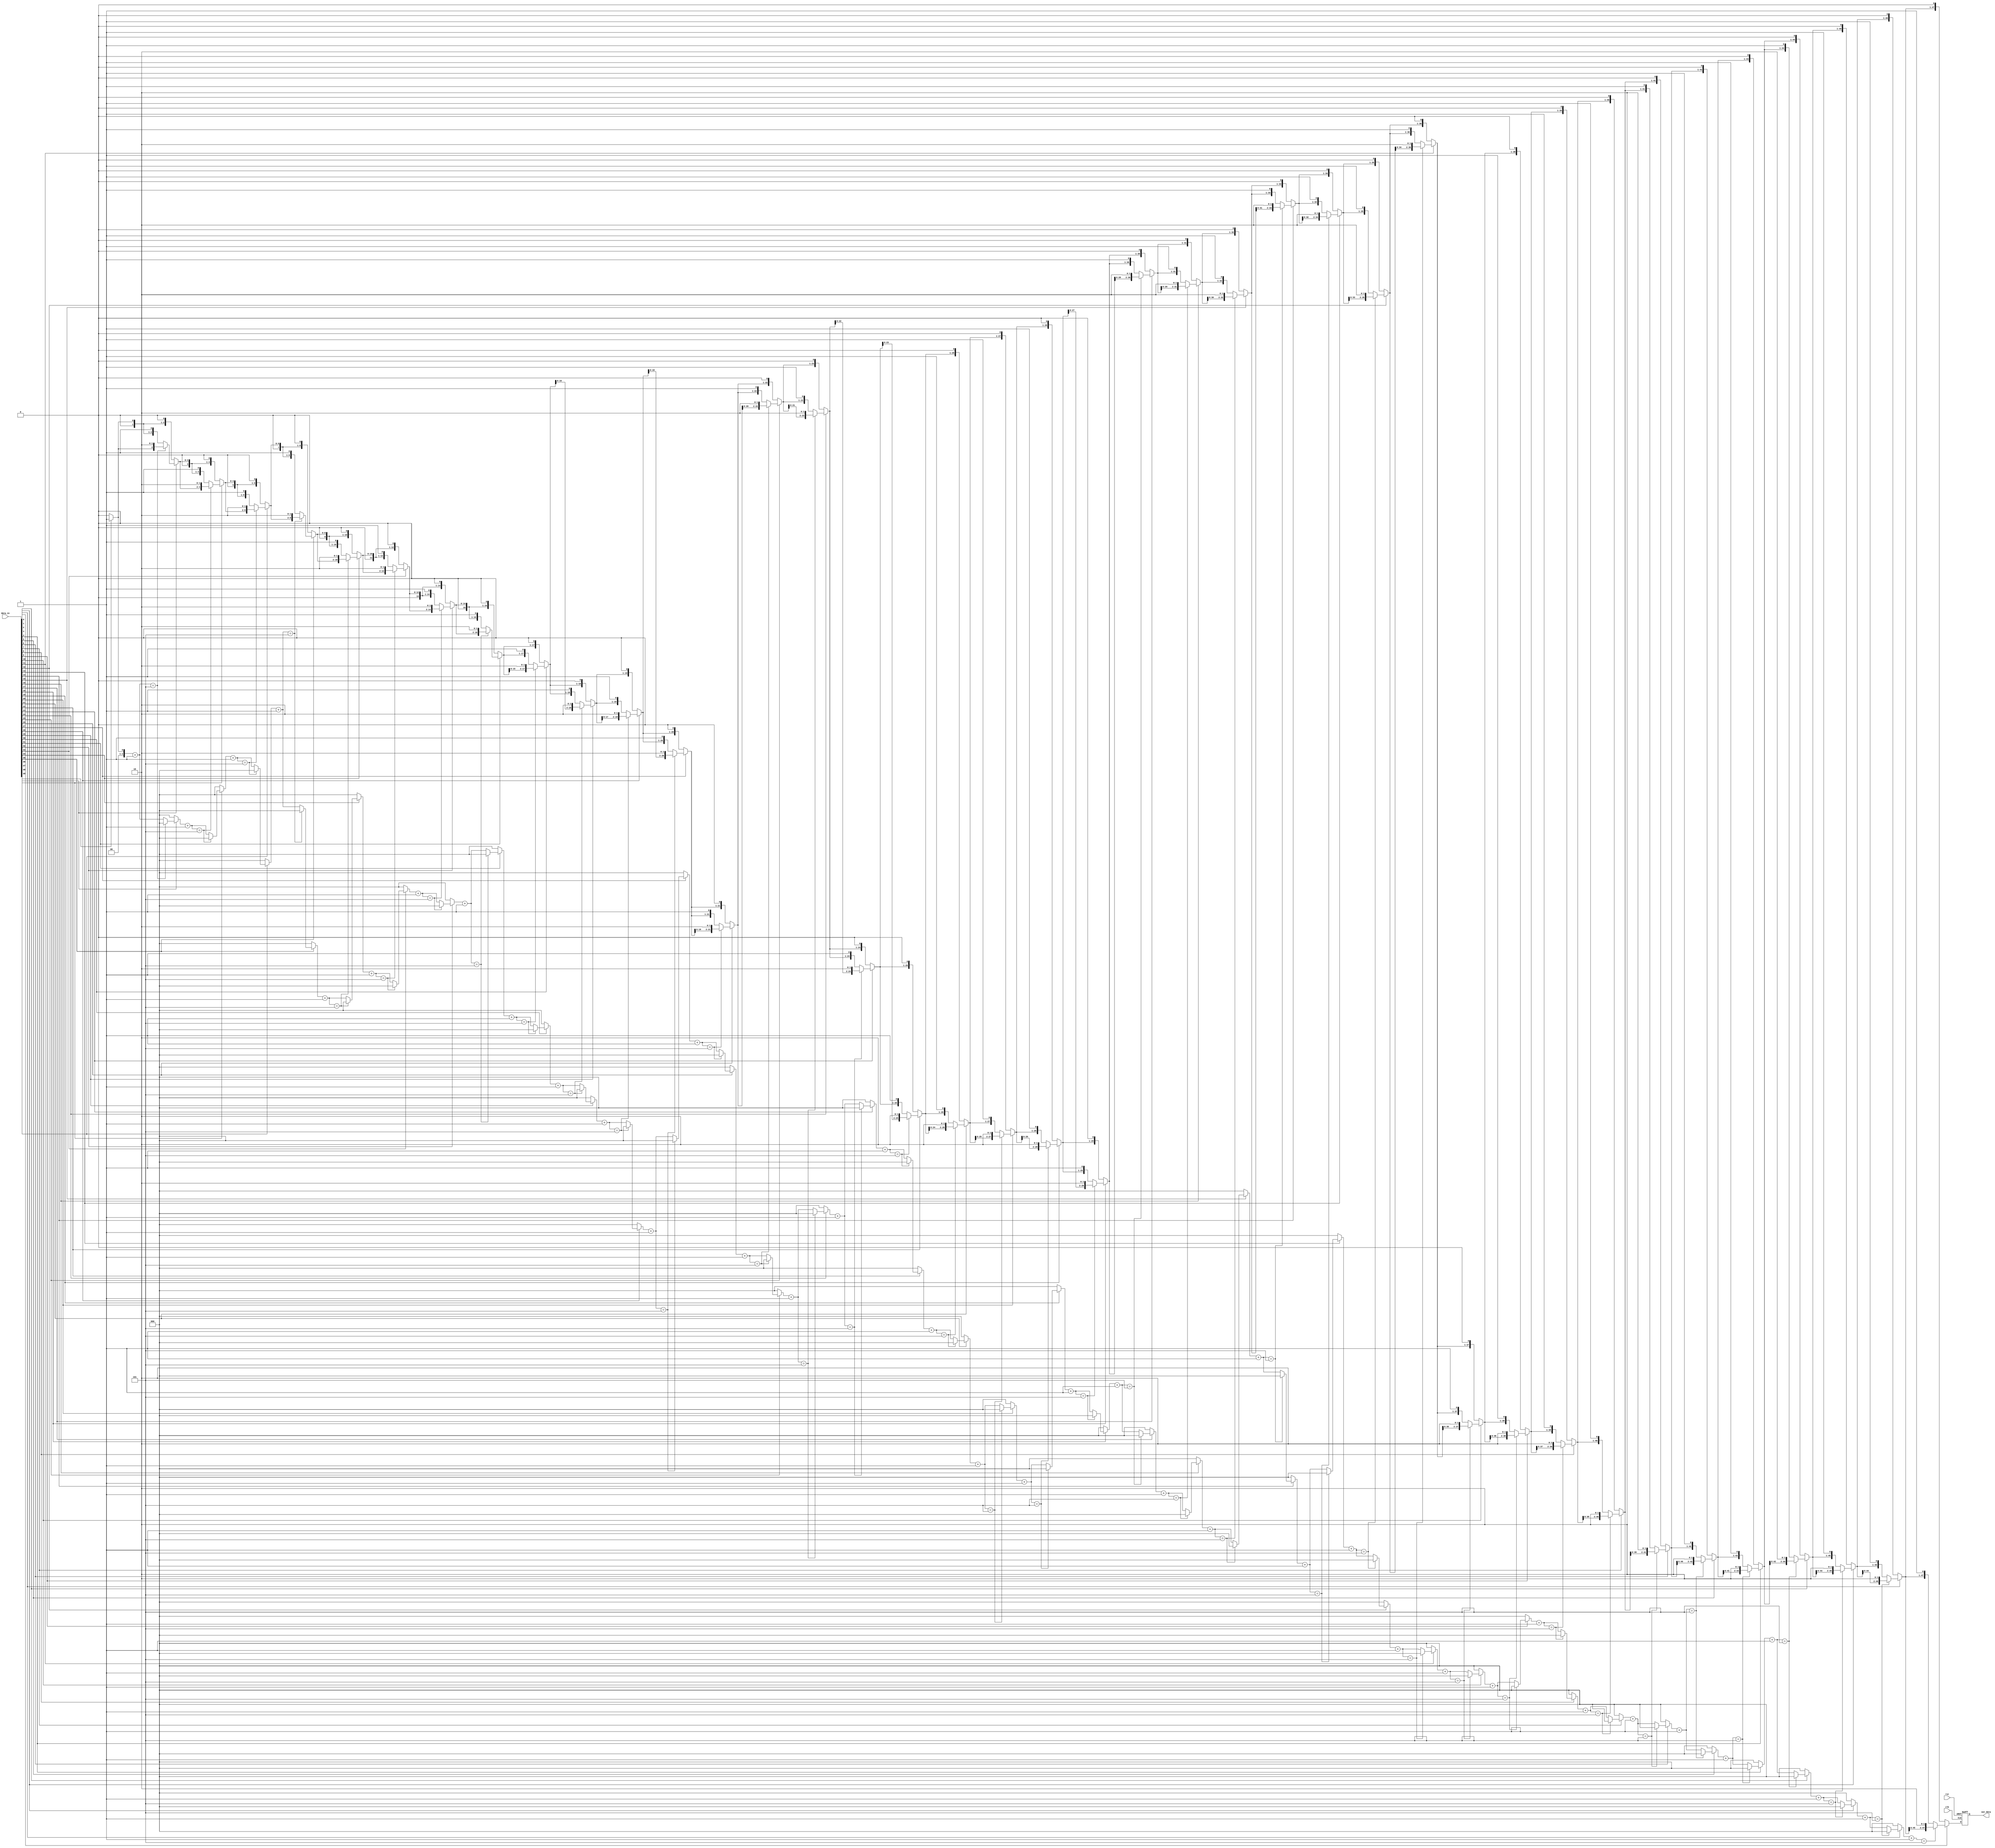
`timescale 1ns/1ps

module insertzero(
    input wire clk,
    input wire rst,
    input wire [39:0]data_in,

    output reg [47:0]out_data
);

integer i;
reg [2:0]flag;
reg [47:0]data;

always @(posedge clk or posedge rst)
begin
    if (rst) begin
        // reset
        out_data <= 48'd0;
    end
    else begin
        out_data <= data;
    end
end

always @(data_in) begin
    flag = 3'd0;
    data = 48'd0;
    for(i = 39; i >= 0; i = i-1) begin
        if (data_in[i] == 1) begin
            flag = flag + 1;
            if (flag == 3'd5) begin
                data = {data, 2'b10};
                flag = 3'd0;
            end
            else begin
                data = {data, data_in[i]};
            end
        end
        else begin
            flag = 3'd0;
            data = {data, data_in[i]};
        end
    end
end

endmodule